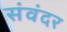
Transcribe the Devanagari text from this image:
संवंदर